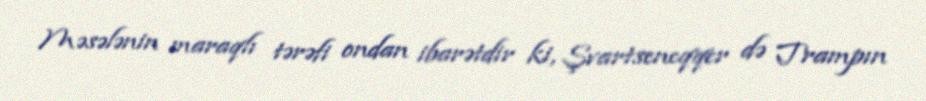
Məsələnin maraqlı tərəfi ondan ibarətdir ki, Şvartseneqqer də Trampın